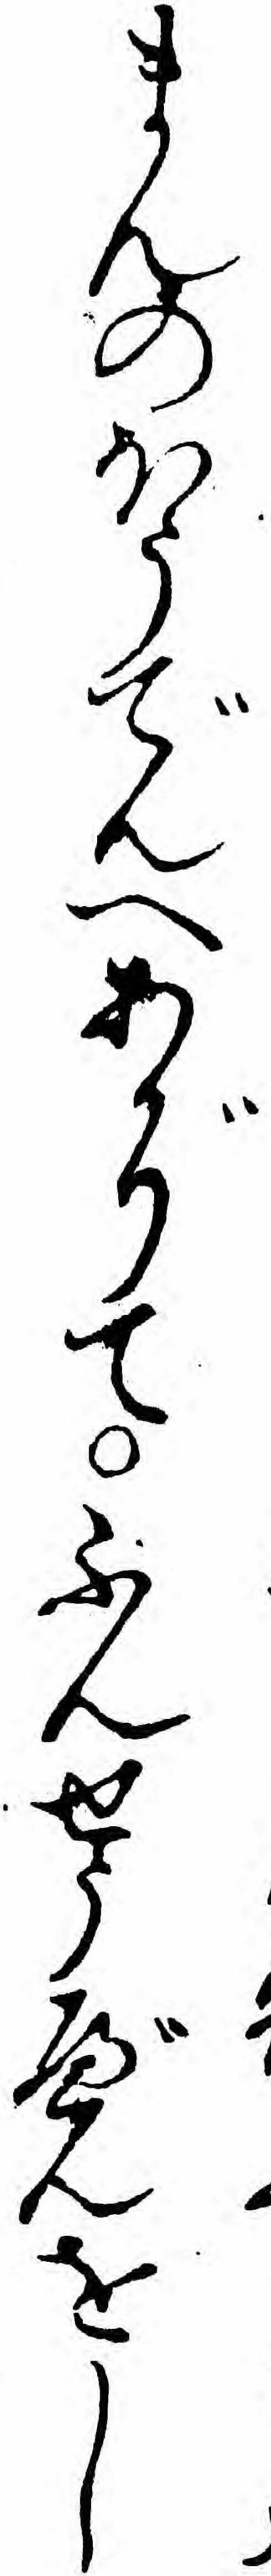
まんのほうでんへあがりてふんせうべんをし